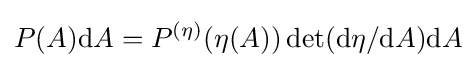
P(A)\mathrm {d} A=P^{(\eta )}(\eta (A))\det(\mathrm {d} \eta /\mathrm {d} A)\mathrm {d} A